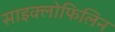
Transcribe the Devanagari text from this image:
साइक्लोफिलिन